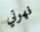
قهوتي